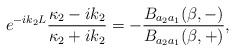
LaTeX: \begin{align*}e^{-ik_2L}\frac{\kappa_2-ik_2}{\kappa_2+ik_2}=-\frac{B_{a_2a_1}(\beta, -)}{B_{a_2a_1}(\beta, +)} ,\end{align*}